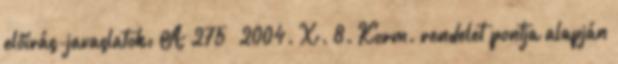
előírás-javaslatok: A 275 2004. X. 8. Korm. rendelet pontja alapján